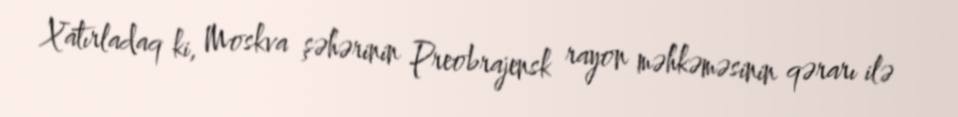
Xatırladaq ki, Moskva şəhərinin Preobrajensk rayon məhkəməsinin qərarı ilə